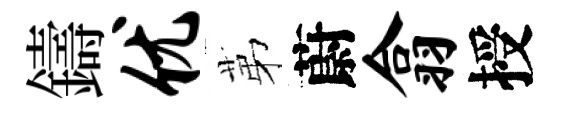
鑄优苐蔚翕授